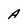
Character: A